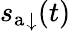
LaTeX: {s_{\mathrm{a}}}_{\downarrow}(t)